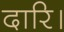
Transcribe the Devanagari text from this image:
दारि।